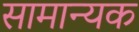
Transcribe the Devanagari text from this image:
सामान्यक